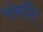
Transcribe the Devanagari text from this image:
संर्काति